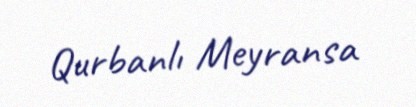
Qurbanlı Meyransa